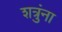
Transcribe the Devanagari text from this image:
शत्रुंना